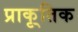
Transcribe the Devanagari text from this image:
प्राकृ्तिक